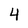
Character: 4